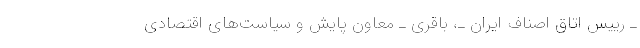
ـ رییس اتاق اصناف ایران ـ، باقری ـ معاون پایش و سیاست‌های اقتصادی